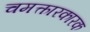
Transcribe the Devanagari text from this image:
चमत्कारकारक